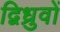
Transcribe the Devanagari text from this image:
द्विध्रुवों